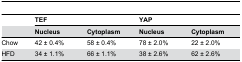
<table><thead><tr><td></td><td colspan="2"><b>TEF</b></td><td colspan="2"><b>YAP</b></td></tr><tr><td></td><td><b>Nucleus</b></td><td><b>Cytoplasm</b></td><td><b>Nucleus</b></td><td><b>Cytoplasm</b></td></tr></thead><tbody><tr><td>Chow</td><td>42 ± 0.4%</td><td>58 ± 0.4%</td><td>78 ± 2.0%</td><td>22 ± 2.0%</td></tr><tr><td>HFD</td><td>34 ± 1.1%</td><td>66 ± 1.1%</td><td>38 ± 2.6%</td><td>62 ± 2.6%</td></tr></tbody></table>